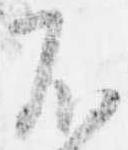
不